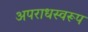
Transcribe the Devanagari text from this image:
अपराधस्वरूप